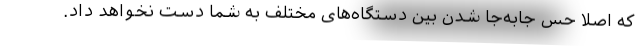
که اصلا حس جابه‌جا شدن بین دستگاه‌های مختلف به شما دست نخواهد داد.